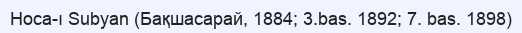
Hoca-ı Subyan (Бақшасарай, 1884; 3.bas. 1892; 7. bas. 1898)